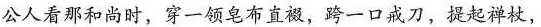
公人看那和尚时，穿一领皂布直裰，跨一口戒刀，提起禅杖，